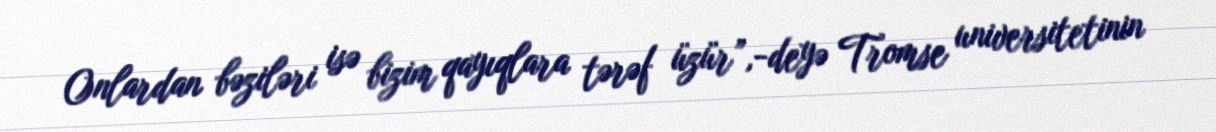
Onlardan bəziləri isə bizim qayıqlara tərəf üzür”,-deyə Tromse universitetinin